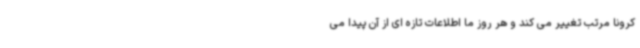
کرونا مرتب تغییر می کند و هر روز ما اطلاعات تازه ای از آن پیدا می